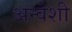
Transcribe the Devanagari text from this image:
अन्वेशी